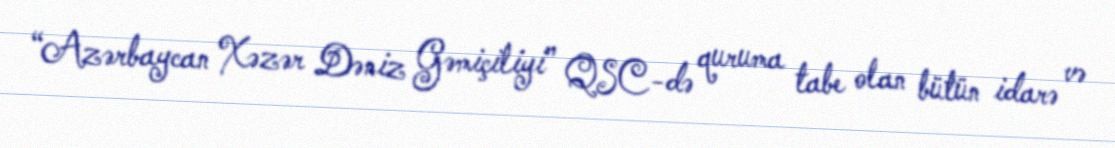
“Azərbaycan Xəzər Dəniz Gəmiçiliyi” QSC-də quruma tabe olan bütün idarə və